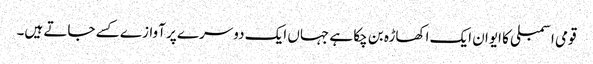
قومی اسمبلی کا ایوان ایک اکھاڑہ بن چکا ہے جہاں ایک دوسرے پر آوازے کسے جاتے ہیں۔